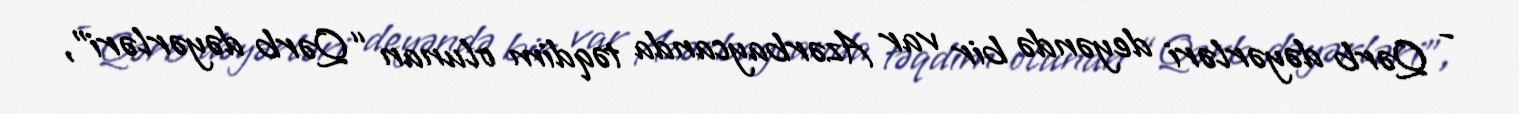
- Qərb dəyərləri deyəndə bir var Azərbaycanda təqdim olunan “Qərb dəyərləri”,